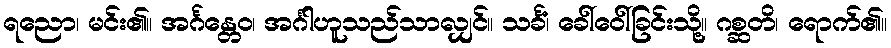
ရညော၊ မင်း၏။ အင်္ဂန္တေဝ၊ အင်္ဂါဟူသည်သာလျှင်။ သင်္ခံ၊ ခေါ်ဝေါ်ခြင်းသို့။ ဂစ္ဆတိ၊ ရောက်၏။